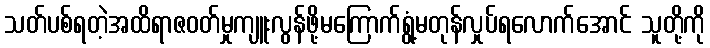
သတ်ပစ်ရတဲ့အထိရာဇဝတ်မှုကျူးလွန်ဖို့မကြောက်ရွံ့မတုန်လှုပ်ရလောက်အောင် သူတို့ကို